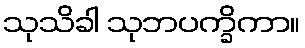
သုသိခါ သုဘပက္ခိကာ။